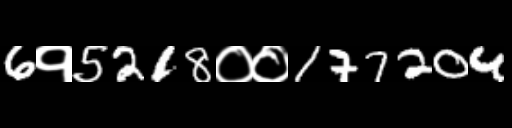
Text: 6१5218००177204